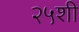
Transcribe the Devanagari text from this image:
२५शी